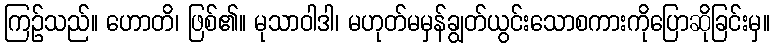
ကြဉ်သည်။ ဟောတိ၊ ဖြစ်၏။ မုသာဝါဒါ၊ မဟုတ်မမှန်ချွတ်ယွင်းသောစကားကိုပြောဆိုခြင်းမှ။